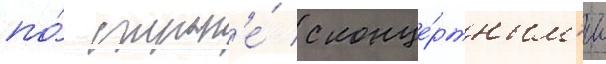
по́ стран'е́ с конце́ртным'и